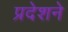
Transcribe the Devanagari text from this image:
प्रदेशने